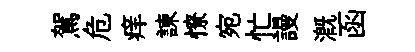
駕危痒諫憭宛忙謾溉函